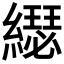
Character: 𦆄